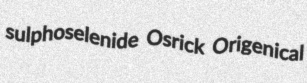
sulphoselenide Osrick Origenical